Annual statistical returns and brief notes on vaccination in Bengal - 1909-1929
Year: 1909
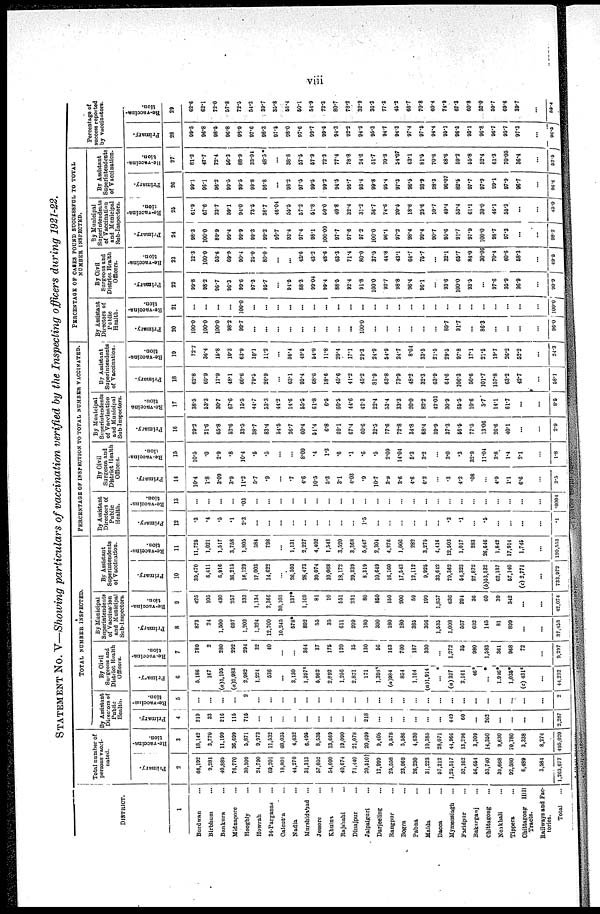
viii
STATEMENT No. V—Showing particulars of vaccination verified by the Inspecting officers during 1921-22.
DISTRICT.
1
Burdwan ...
Birbhum ...
Bankura ...
Midnapore ...
Hooghly ...
Howrah ...
24-Parganas
...
Calcutta ...
Nadia ...
Murshidabad ...
Jessore ...
Khulna ...
Rajshahi ...
Dinajpur ...
Jalpaiguri ...
Darjeeling ...
Rangpur ...
Bogra ...
Pabna ...
Malda ...
Dacca ...
Mymensingh ...
Faridpur ...
Bakarganj ...
Chittagong ...
Noakhali ...
Tippera ...
Chittagong
Hill
Tracts.
Railways and Fac-
tories.
Total ...
Total number of
persons vacci-
nated.
Primary.
2
66,192
9,281
40,889
76,770
30,309
24,790
69,201
18,801
44,270
31,313
57,052
54,600
40,674
71,440
20,510†
12,999
25,558
23,969
26,230
31,223
57,212
1,25,517
52,162
56,654
53,740
39,668
92,580
6,489
3,584
1,263,677
Re-vaccina-
tion.
3
18,142
3,770
11,199
36,699
5,871
9,973
11,532
68,035
4,632
6,495
8,535
13,669
19,090
21,078
20,699
9,408
9,578
5,586
4,630
10,385
28,071
44,966
13,296
3,309
14,350
9,630
70,780
3,338
8,274
495,020
TOTAL NUMBER INSPECTED.
By Assistant
Directors of
Public
Health.
Primary.
4
219
33
216
115
715
...
...
...
...
...
...
...
...
...
218
...
...
...
...
...
...
449
60
...
262
...
...
...
...
2,287
Re-vaccina-
tion.
5
...
...
...
...
2
...
...
...
...
...
...
...
...
...
...
...
...
...
...
...
...
...
...
...
...
...
...
...
...
2
By Civil
Surgeons and
District Health
Officers.
Primary.
6
5,186
167
(a)1,195
(a)2,983
2,982
1,224
536
...
3,130
1,397*
5,982
2,892
1,256
2,871
171
1,398*
(a)984
854
1,164
(a)1,914
...*
(a) 327
2,161
46*
...*
1,916*
1,035*
(e) 431*
...
44,232
Re-vaccina-
tion.
7
789
2
280
292
294
32
40
...
...
364
37
175
120
35
130
56
163
700
187
330
...
1,272
35
980
1,583
361
968
72
...
9,297
By Municipal
Superintendents
of Vaccination
and Municipal
Sub-Inspectors.
Primary.
8
873
24
1,500
697
1,202
1,324
12,700
10,245
578*
892
55
35
611
209
180
300
180
180
385
366
1,535
1,008
567
682
145
81
899
...
...
37,453
Re-vaccina-
tion.
9
425
105
430
257
333
1,134
2,366
30,103
137*
1,109
81
10
551
231
80
850
150
200
59
199
1,857
636
294
36
60
39
342
...
...
42,074
By Assistant
Superintendents
of Vaccination.
Primary.
10
30,470
6,411
6,916
36,215
16,129
17,003
14,622
...
26,593
28,473
39,074
10,068
18,172
29,339
8,319
10,649
16,160
17,543
12,112
9,925
33,642
70,362
54,323
27,872
(b)53,532
62,137
57,140
(e) 2,771
...
733,972
Re-vaccina-
tion.
11
11,725
1,021
1,517
3,758
1,805
584
798
...
1,131
2,227
4,402
1,541
3,520
3,368
5,647
2,304
4,276
1,006
282
3,275
4,416
12,503
1,017
283
26,646
1,842
17,914
1,745
...
120,553
PERCENTAGE OF INSPECTION TO TOTAL NUMBER VACCINATED.
By Assistant
Directors of
Public
Health.
Primary.
12
.3
.4
.5
.1
2.3
...
...
...
...
...
...
...
...
...
1.5
...
...
...
...
...
...
.3
.1
...
.5
...
...
...
...
.1
Re-vaccina-
tion.
13
...
...
...
...
.03
...
...
...
...
...
...
...
...
...
...
...
...
...
...
...
...
...
...
...
...
...
...
...
...
.0004
By Civil
Surgeons and
District Health
Officers.
Primary.
14
10.4
1.8
3.09
3.9
11.2
5.7
.9
...
.7
4.6
10.5
5.3
3.1
4.03
.9
10.7
3.9
3.6
4.6
6.2
...
.3
4.2
.08
...
4.9
1.1
6.6
...
3.5
Re-vaccina-
--on.
15
10.5
.0
2.9
.8
10.4
.5
.5
...
...
8.09
.4
1.3
.6
.1
.6
.5
2.09
14.04
5.3
3.2
...
3.0
.3
32.9
11.04
3.8
1.4
2.1
...
1.8
By Municipal
Superintendents
of Vaccination
and Municipal
Sub-Inspectors.
Primary.
16
29.2
21.6
65.8
52.6
33.5
38.7
83.4
54.5
26.7
60.4
54.4
6.8
69.1
67.4
60.6
32.5
77.6
72.8
34.8
68.4
39.9
37.3
56.6
77.5
13.06
26.6
40.1
...
...
2.9
Re-vaccina
tion.
17
38.5
53.3
30.7
67.6
15.5
44.7
53.3
44.2
14.6
55.5
61.8
6.5
60.5
44.6
42.3
22.4
53.4
33.3
20.0
82.2
42.03
30.9
65.5
10.6
5.7
14.1
61.7
...
...
8.5
By Assistant
Superintendents
of Vaccination.
Primary.
18
62.8
69.9
17.9
48.1
60.6
79.5
26.9
...
63.1
95.4
68.6
18.6
45.6
41.2
45.2
81.9
63.8
73.9
48.2
32.3
63.9
64.6
106.3
50.6
101.7
157.8
63.2
42.7
...
58.1
Re-vaccina¬
tion.
19
72.7
36.4
15.8
10.3
63.9
10.1
11.2
...
36.4
49.5
54.0
11.8
20.4
17.1
20.3
24.9
54.9
24.7
8.04
33.5
21.5
29.5
97.8
17.1
21.5
19.7
26.2
52.2
...
24.3
PERCENTAGE OF CASES FOUND SUCCESSFUL TO TOTAL
NUMBER INSPECTED.
By Assistant
Directors of
Public
Health.
Primary.
20
100.0
100.0
100.0
98.2
99.7
...
...
...
...
...
...
...
...
...
100.0
...
...
...
...
...
...
89.7
91.7
...
86.3
...
...
...
...
96.0
Re-vaccina-
tion.
21
...
...
...
...
100.0
...
...
...
...
...
...
...
...
...
...
...
...
...
...
...
...
...
...
...
...
...
...
...
...
100. 0
By Civil
Surgeons and
District Health
Officers.
Primary.
22
99.8
98.2
96.7
96.3
99.6
97.3
95.7
...
94.5
88.3
99.04
99.4
88.5
92.4
91.8
100.0
92.7
98.8
96.4
96.1
...
93.6
100.0
93.5
...
97.6
95.9
96.9
...
90.0
Re-vaccina¬
tion.
23
12.3
100.0
53.6
69.9
90.4
25.0
80.0
...
...
42.6
43.2
48.6
63.3
71.4
80.0
37.5
44.8
43.1
64.7
75.7
...
32.1
65.7
84.0
30.06
70.4
60.6
58.3
...
49.5
By Municipal
Superintendents
of Vaccination
and Municipal
Sub-Inspectors.
Primary.
24
98.3
100.0
89.9
99.4
99.9
99.3
99.2
99.7
93.4
97.4
98.1
100.00
97.7
97.6
97.2
100.0
96.1
97.2
98.4
99.4
90.7
95.6
91.7
97.9
100.0
98.7
97.3
...
...
98.2
Re-vaccina-
tion.
25
61.9
67.6
23.7
59.1
94.0
73.5
36.7
46.04
55.5
57.2
51.8
50.0
40.8
32.4
31.2
36.7
74.6
20.6
18.6
25.6
10.7
40.4
53.4
61.1
30.0
46.1
55.3
...
...
40.0
By Assistant
Superintendents
of Vaccination.
Primary.
26
99.1
96.1
96.2
99.5
99.5
99.8
96.8
...
98.2
97.5
99.5
99.2
94.5
96.7
93.4
99.8
95.4
97.3
96.5
93.9
98.3
96.07
82.6
97.7
97.9
99.1
97.9
96.7
...
90.6
Re-vaccina¬
tion.
27
81.2
47.7
72.4
56.3
88.9
33.04
48.5 *
...
38.8
57.5
57.9
72.3
77.4
78.8
24.6
51.7
70.3
54.07
63.1
81.5
70.6
68.6
59.2
65.8
52.4
61.3
70.05
36.4
...
52.5
Percentage of
success reported
by vaccinators.
Primary.
28
99.5
96.8
98.5
96.8
98.9
97.6
98.3
97.5
98.0
97.6
99.7
99.5
94.3
92.2
94.9
95.3
94.7
94.3
97.4
97.5
94.4
95.1
96.5
93.1
96.8
96.7
95.7
97.3
...
96.5
Re-vaccina¬
tion.
29
62.6
62.1
72.0
57.8
72.5
54.3
39.7
35.8
56.4
50.1
54.9
72.3
80.7
78.2
32.9
36.3
77.3
45.2
66.7
70.8
60.4
74.9
67.3
60.8
52.0
59.7
69.6
39.7
...
59.4